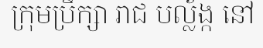
ក្រុមប្រឹក្សា រាជ បល្ល័ង្ក នៅ